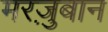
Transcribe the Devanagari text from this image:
मरज़ुबान